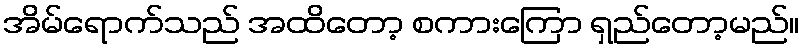
အိမ်ရောက်သည် အထိတော့ စကားကြော ရှည်တော့မည်။